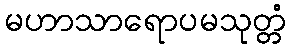
မဟာသာရောပမသုတ္တံ